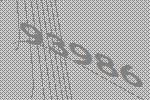
93986